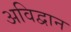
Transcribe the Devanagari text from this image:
अविद्वान